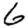
Digit: 6